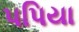
પપિયા